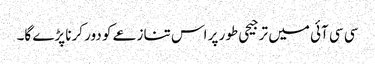
سی سی آئی میں ترجیحی طور پر اس تنازعے کو دور کرنا پڑے گا۔